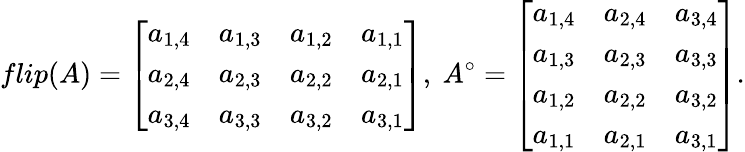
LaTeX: flip(A)=\left[\begin{array}{cccc}{a_{1,4}}&{a_{1,3}}&{a_{1,2}}&{a_{1,1}}\\ {a_{2,4}}&{a_{2,3}}&{a_{2,2}}&{a_{2,1}}\\ {a_{3,4}}&{a_{3,3}}&{a_{3,2}}&{a_{3,1}}\end{array}\right]\mathrm{,~}A^{\circ}=\left[\begin{array}{ccc}{a_{1,4}}&{a_{2,4}}&{a_{3,4}}\\ {a_{1,3}}&{a_{2,3}}&{a_{3,3}}\\ {a_{1,2}}&{a_{2,2}}&{a_{3,2}}\\ {a_{1,1}}&{a_{2,1}}&{a_{3,1}}\end{array}\right].